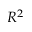
R ^ { 2 }